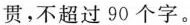
贯，不超过90个字。